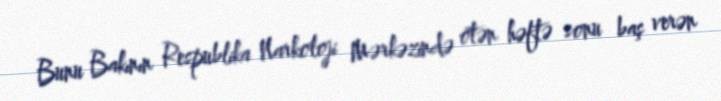
Bunu Bakının Respublika Narkoloji Mərkəzində ötən həftə sonu baş verən